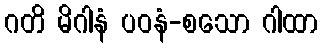
ဂတိ မိဂါနံ ပဝနံ-စသော ဂါထာ